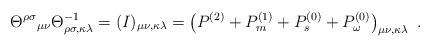
LaTeX: \begin{align*}\Theta^{\rho \sigma}\mbox{}_{\mu \nu}\Theta^{-1}_{\rho \sigma ,\kappa \lambda}=(I)_{\mu \nu ,\kappa\lambda}=\left(P^{(2)}+P^{(1)}_m+P^{(0)}_s+P^{(0)}_{\omega}\right)_{\mu \nu ,\kappa \lambda}\ .\end{align*}